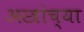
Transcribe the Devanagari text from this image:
अस्त्रांच्या